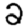
Digit: 2